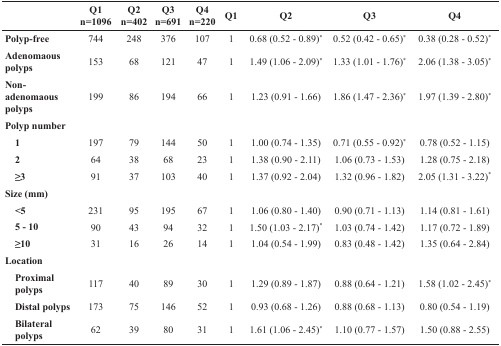
<table><thead><tr><td></td><td><b>Q1 n=1096</b></td><td><b>Q2 n=402</b></td><td><b>Q3 n=691</b></td><td><b>Q4 n=220</b></td><td><b>Q1</b></td><td><b>Q2</b></td><td><b>Q3</b></td><td><b>Q4</b></td></tr></thead><tbody><tr><td><b>Polyp-free</b></td><td>744</td><td>248</td><td>376</td><td>107</td><td>1</td><td>0.68 (0.52 - 0.89)<sup>*</sup></td><td>0.52 (0.42 - 0.65)<sup>*</sup></td><td>0.38 (0.28 - 0.52)<sup>*</sup></td></tr><tr><td><b>Adenomaous polyps</b></td><td>153</td><td>68</td><td>121</td><td>47</td><td>1</td><td>1.49 (1.06 - 2.09)<sup>*</sup></td><td>1.33 (1.01 - 1.76)<sup>*</sup></td><td>2.06 (1.38 - 3.05)<sup>*</sup></td></tr><tr><td><b>Non-adenomaous polyps</b></td><td>199</td><td>86</td><td>194</td><td>66</td><td>1</td><td>1.23 (0.91 - 1.66)</td><td>1.86 (1.47 - 2.36)<sup>*</sup></td><td>1.97 (1.39 - 2.80)<sup>*</sup></td></tr><tr><td><b>Polyp number</b></td><td></td><td></td><td></td><td></td><td></td><td></td><td></td><td></td></tr><tr><td><b> 1</b></td><td>197</td><td>79</td><td>144</td><td>50</td><td>1</td><td>1.00 (0.74 - 1.35)</td><td>0.71 (0.55 - 0.92)<sup>*</sup></td><td>0.78 (0.52 - 1.15)</td></tr><tr><td><b> 2</b></td><td>64</td><td>38</td><td>68</td><td>23</td><td>1</td><td>1.38 (0.90 - 2.11)</td><td>1.06 (0.73 - 1.53)</td><td>1.28 (0.75 - 2.18)</td></tr><tr><td><b> ≥3</b></td><td>91</td><td>37</td><td>103</td><td>40</td><td>1</td><td>1.37 (0.92 - 2.04)</td><td>1.32 (0.96 - 1.82)</td><td>2.05 (1.31 - 3.22)<sup>*</sup></td></tr><tr><td><b>Size (mm)</b></td><td></td><td></td><td></td><td></td><td></td><td></td><td></td><td></td></tr><tr><td><b> &lt;5</b></td><td>231</td><td>95</td><td>195</td><td>67</td><td>1</td><td>1.06 (0.80 - 1.40)</td><td>0.90 (0.71 - 1.13)</td><td>1.14 (0.81 - 1.61)</td></tr><tr><td><b> 5 - 10</b></td><td>90</td><td>43</td><td>94</td><td>32</td><td>1</td><td>1.50 (1.03 - 2.17)<sup>*</sup></td><td>1.03 (0.74 - 1.42)</td><td>1.17 (0.72 - 1.89)</td></tr><tr><td><b> ≥10</b></td><td>31</td><td>16</td><td>26</td><td>14</td><td>1</td><td>1.04 (0.54 - 1.99)</td><td>0.83 (0.48 - 1.42)</td><td>1.35 (0.64 - 2.84)</td></tr><tr><td><b>Location</b></td><td></td><td></td><td></td><td></td><td></td><td></td><td></td><td></td></tr><tr><td><b> Proximal polyps</b></td><td>117</td><td>40</td><td>89</td><td>30</td><td>1</td><td>1.29 (0.89 - 1.87)</td><td>0.88 (0.64 - 1.21)</td><td>1.58 (1.02 - 2.45)<sup>*</sup></td></tr><tr><td><b> Distal polyps</b></td><td>173</td><td>75</td><td>146</td><td>52</td><td>1</td><td>0.93 (0.68 - 1.26)</td><td>0.88 (0.68 - 1.13)</td><td>0.80 (0.54 - 1.19)</td></tr><tr><td><b> Bilateral polyps</b></td><td>62</td><td>39</td><td>80</td><td>31</td><td>1</td><td>1.61 (1.06 - 2.45)<sup>*</sup></td><td>1.10 (0.77 - 1.57)</td><td>1.50 (0.88 - 2.55)</td></tr></tbody></table>